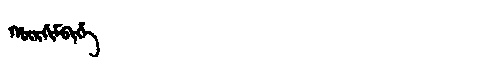
Manchu: ᡥᡡᡵᡤᡳᠮᠪᡳᡥᡝ
Romanization: HŪRGIMBIHE